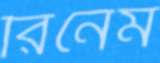
রিনেম